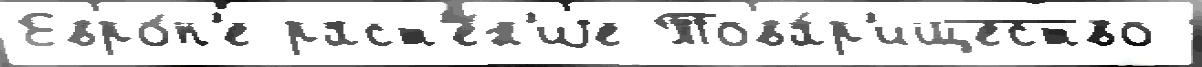
Евро́п'е раст'е́н'иjе Това́р'ищество